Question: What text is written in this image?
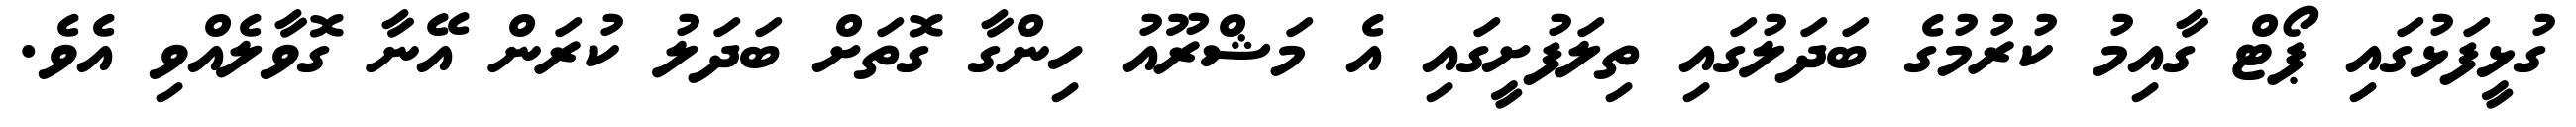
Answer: ގުޅީފަޅުގައި ޕޯޓް ގާއިމު ކުރުމުގެ ބަދަލުގައި ތިލަފުށީގައި އެ މަޝްރޫއު ހިންގާ ގޮތަށް ބަދަލު ކުރަން އޭނާ ގޮވާލެއްވި އެވެ.